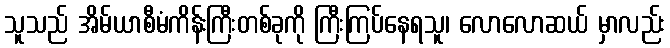
သူသည် အိမ်ယာစီမံကိန်းကြီးတစ်ခုကို ကြီးကြပ်နေရသူ၊ လောလောဆယ် မှာလည်း